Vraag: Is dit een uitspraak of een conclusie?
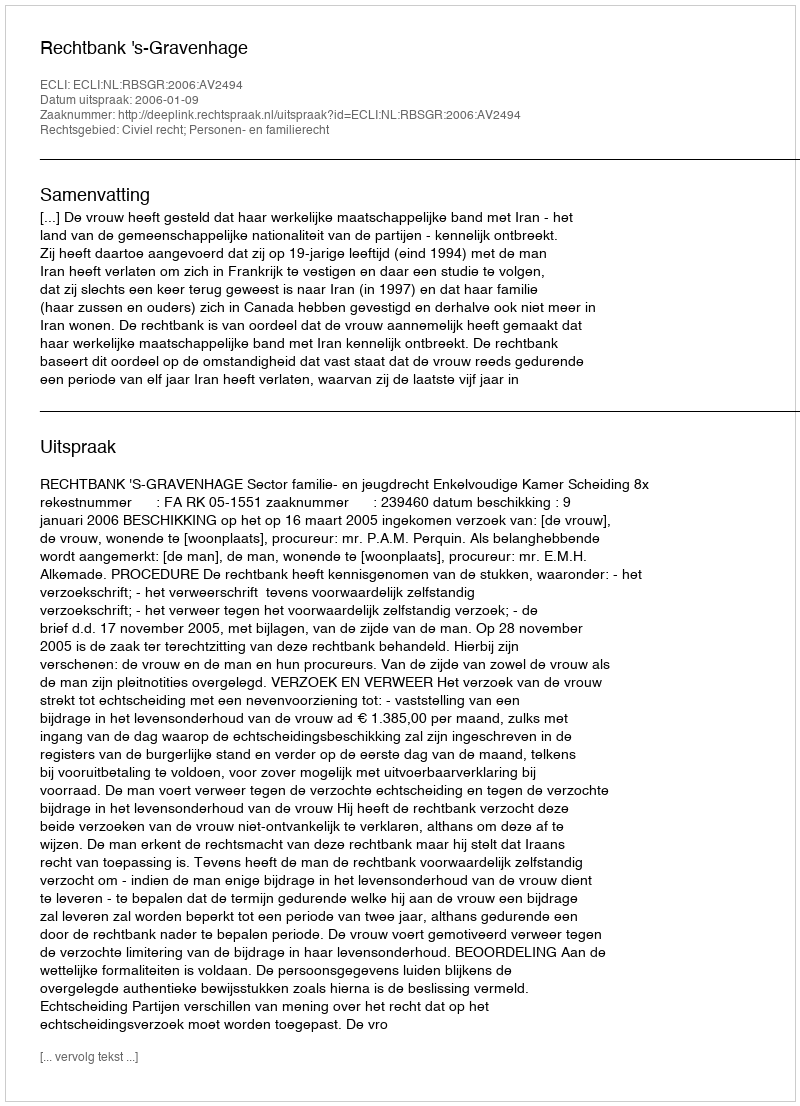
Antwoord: Uitspraak